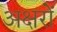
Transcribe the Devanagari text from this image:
अक्षरोें